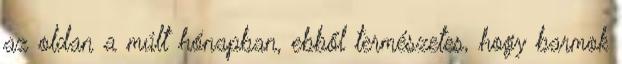
az oldan a múlt hónapban, ebből természetes, hogy barmok